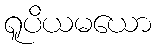
ရူပိယမယော